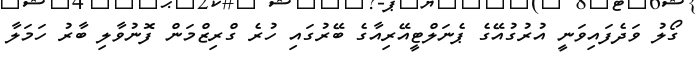
ގޯލު ވަދެފައިވަނީ އުރުގުއޭގެ ޕެނަލްޓީއޭރިއާގެ ބޭރުގައި ހުރެ ގްރިޒްމަން ފޮނުވާލި ބާރު ހަމަލާ